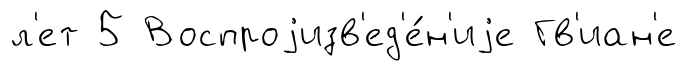
л'ет 5 Воспроjизв'ед'е́н'иjе Гв'иан'е